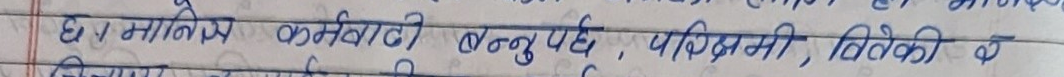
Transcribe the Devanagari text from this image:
छ । मालिक कर्मचारी बन्नुपर्छ, पश्चिमी, विभेदी के